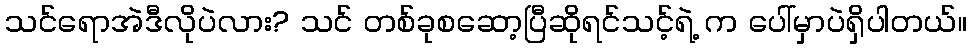
သင်ရောအဲဒီလိုပဲလား? သင် တစ်ခုစဆော့ပြီဆိုရင်သင့်ရဲ့ က ပေါ်မှာပဲရှိပါတယ်။